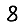
Digit: 8